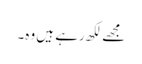
مجھے لکھ رہے ہیں وہ۔